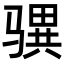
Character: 𩨎